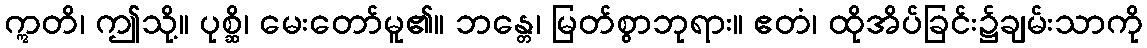
ဣတိ၊ ဤသို့။ ပုစ္ဆိ၊ မေးတော်မူ၏။ ဘန္တေ၊ မြတ်စွာဘုရား။ ဧတံ၊ ထိုအိပ်ခြင်း၌ချမ်းသာကို